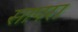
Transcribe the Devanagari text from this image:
सापरा